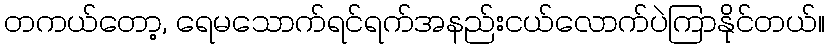
တကယ်တော့, ရေမသောက်ရင်ရက်အနည်းငယ်လောက်ပဲကြာနိုင်တယ်။